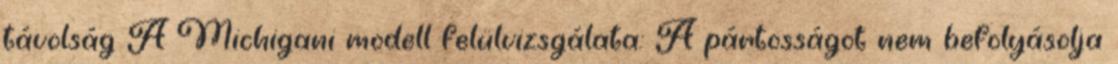
távolság A Michigani modell felülvizsgálata: A pártosságot nem befolyásolja